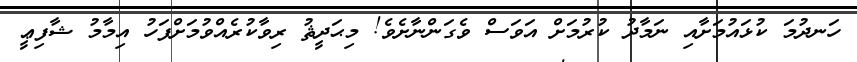
ހަނދުމަ ކުޅައުމަށާއި ނަމާދު ކުރުމަށް އަވަސް ވެގަންނާށެވެ! މިޙަދީޘު ރިވާކުރެއްވުމަށްފަހު އިމާމު ޝާފިޢީ